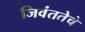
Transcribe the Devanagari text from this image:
जिवंततेचे